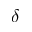
\delta